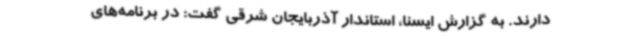
دارند. به گزارش ایسنا، استاندار آذربایجان شرقی گفت: در برنامه‌های